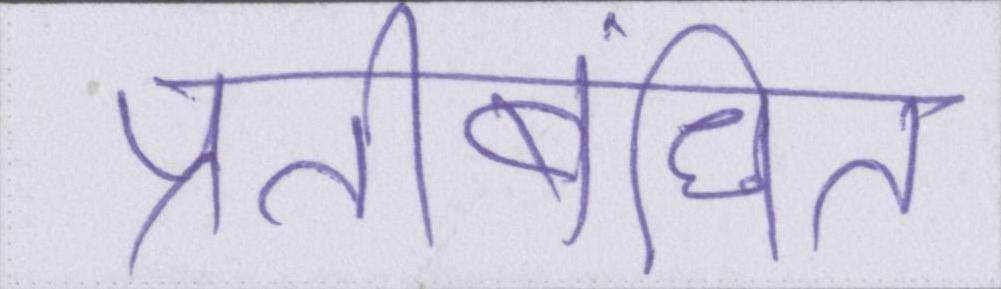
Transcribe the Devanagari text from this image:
प्रतिबंधित